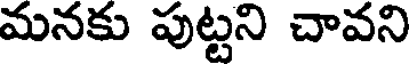
మనకు పుట్టని చావని